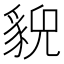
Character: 𧳱